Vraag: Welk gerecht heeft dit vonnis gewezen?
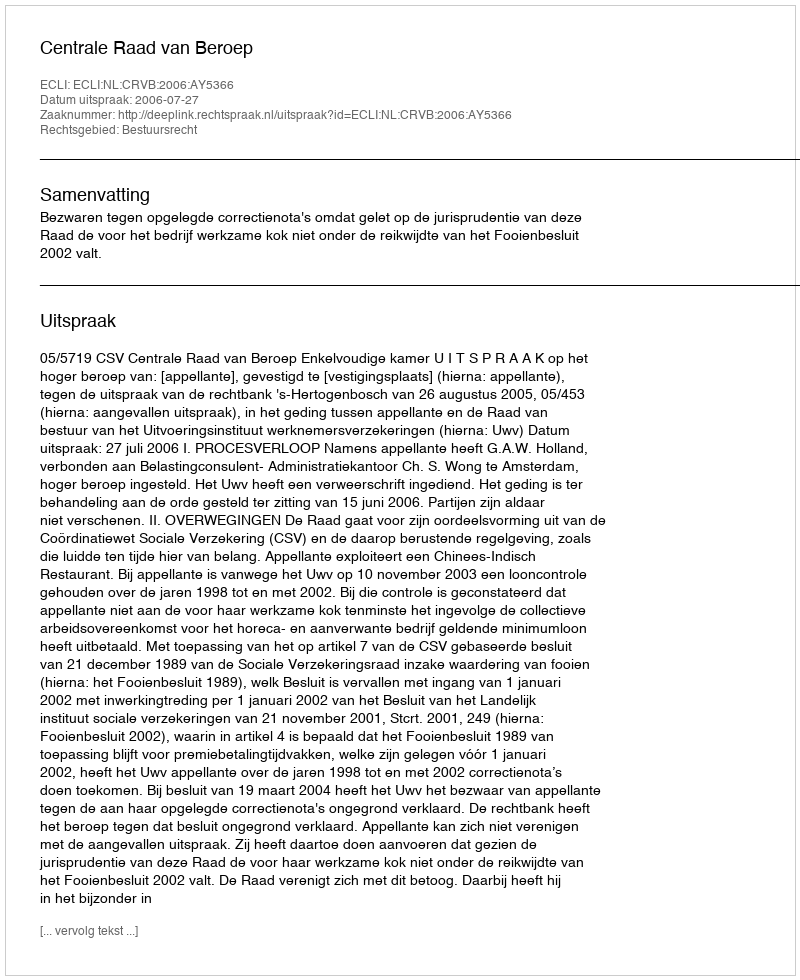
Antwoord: Centrale Raad van Beroep